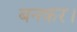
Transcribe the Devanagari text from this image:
बनकर।